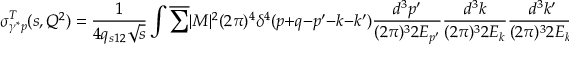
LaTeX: \sigma _ { \gamma ^ { * } p } ^ { T } ( s , Q ^ { 2 } ) = \frac { 1 } { 4 q _ { s 1 2 } \sqrt { s } } \int \overline { { { \sum } } } | { \cal M } | ^ { 2 } ( 2 \pi ) ^ { 4 } \delta ^ { 4 } ( p + q - p ^ { \prime } - k - k ^ { \prime } ) \frac { d ^ { 3 } p ^ { \prime } } { ( 2 \pi ) ^ { 3 } 2 E _ { p ^ { \prime } } } \frac { d ^ { 3 } k } { ( 2 \pi ) ^ { 3 } 2 E _ { k } } \frac { d ^ { 3 } k ^ { \prime } } { ( 2 \pi ) ^ { 3 } 2 E _ { k ^ { \prime } } } ,